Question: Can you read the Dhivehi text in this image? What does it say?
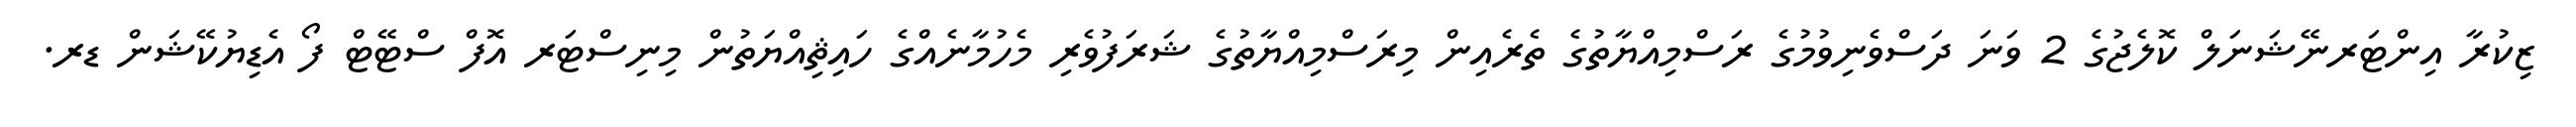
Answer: ޒިކުރާ އިންޓަރނޭޝަނަލް ކޮލެޖުގެ 2 ވަނަ ދަސްވެނިވުމުގެ ރަސްމިއްޔާތުގެ ތެރެއިން މިރަސްމިއްޔާތުގެ ޝަރަފުވެރި މެހުމާނެއްގެ ހައިޘިއްޔަތުން މިނިސްޓަރ އޮފް ސްޓޭޓް ފޯ އެޑިޔުކޭޝަން ޑރ.